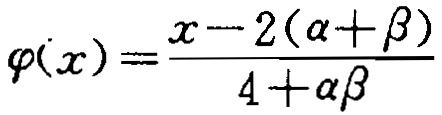
\(\varphi(x)=\frac{x - 2(\alpha+\beta)}{4+\alpha\beta}\)